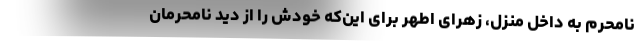
نامحرم به داخل منزل، زهرای اطهر برای این‌که خودش را از دید نامحرمان